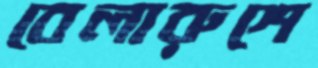
বেলারুশে